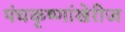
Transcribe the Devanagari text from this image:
पंचकृष्णांखेरीज